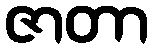
ဇာတာ